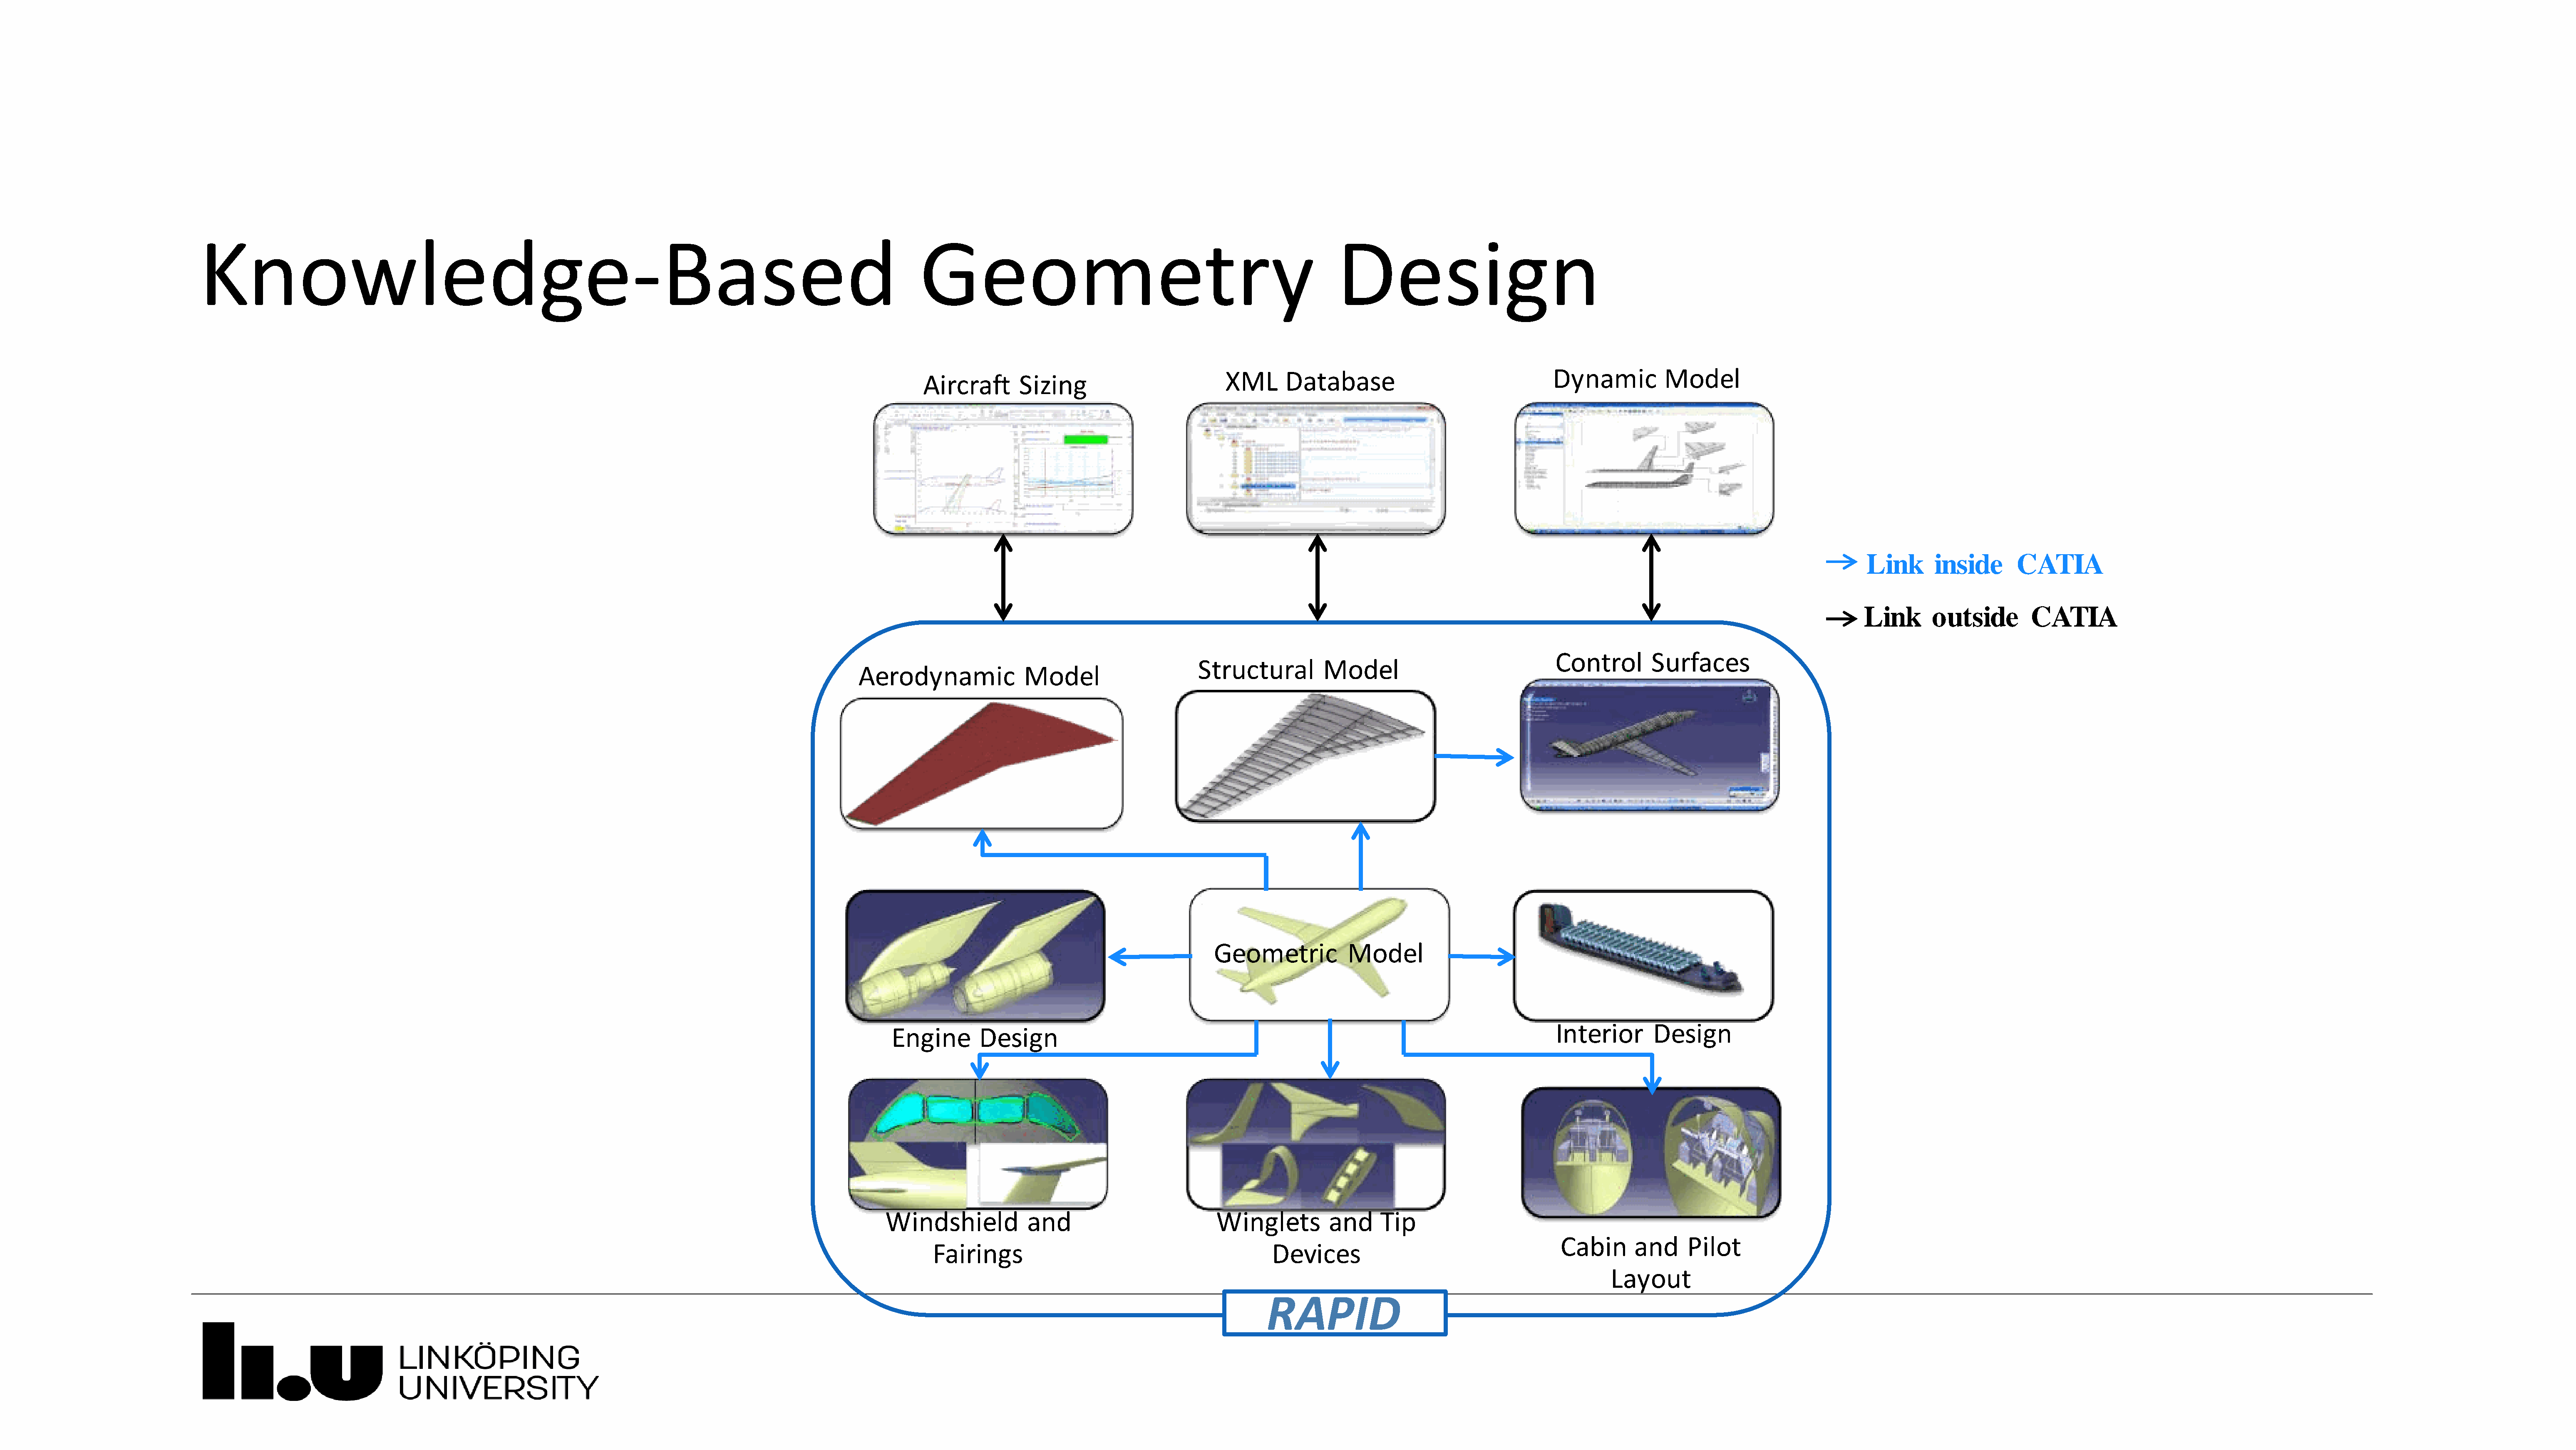
Knowledge-Based                                                                                                   Geometry                                                           Design
 Dynamic           Model
 XML      Database
 Aircraft       Sizing
 Link       inside       CATIA
 Link       outside         CATIA
 Control         Surfaces
 Structural         Model
 Aerodynamic               Model
 Geometric            Model
 Interior        Design
 Engine        Design
 Windshield            and                           Winglets          and      Tip
 Cabin       and     Pilot
 Fairings                                              Devices
 Layout
 RAPID